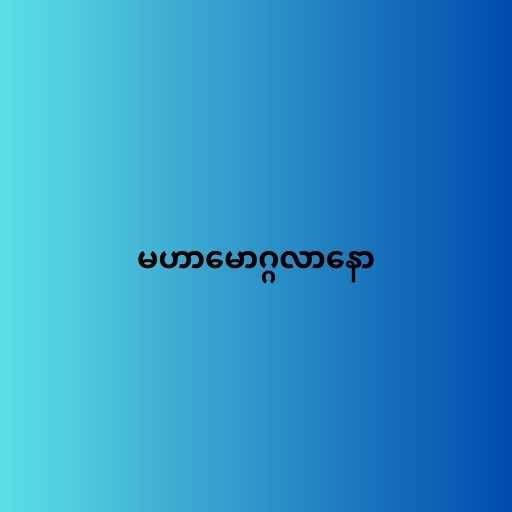
မဟာမောဂ္ဂလာနော